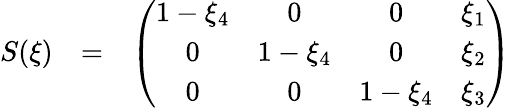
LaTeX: \begin{array}{rcl}{S(\xi)}&{=}&{\left(\begin{array}{cccc}{1-\xi_{4}}&{0}&{0}&{\xi_{1}}\\ {0}&{1-\xi_{4}}&{0}&{\xi_{2}}\\ {0}&{0}&{1-\xi_{4}}&{\xi_{3}}\end{array}\right)}\end{array}